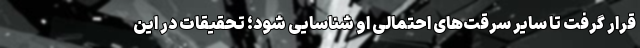
قرار گرفت تا سایر سرقت‌های احتمالی او شناسایی شود؛ تحقیقات در این